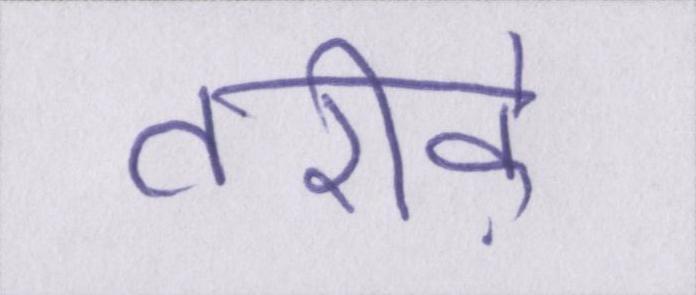
तरीके़